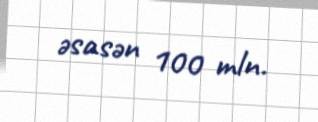
əsasən 100 mln.